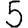
Digit: 5